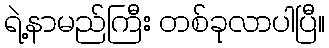
ရဲ့နာမည်ကြီး တစ်ခုလာပါပြီ။